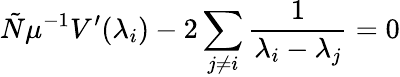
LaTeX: \tilde{N}\mu^{-1}V^{\prime}(\lambda_{i})-2\sum_{j\neq i}\frac 1{\lambda_{i}-\lambda_{j}}=0